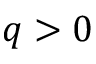
q > 0